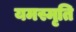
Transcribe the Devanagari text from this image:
यमस्मृति